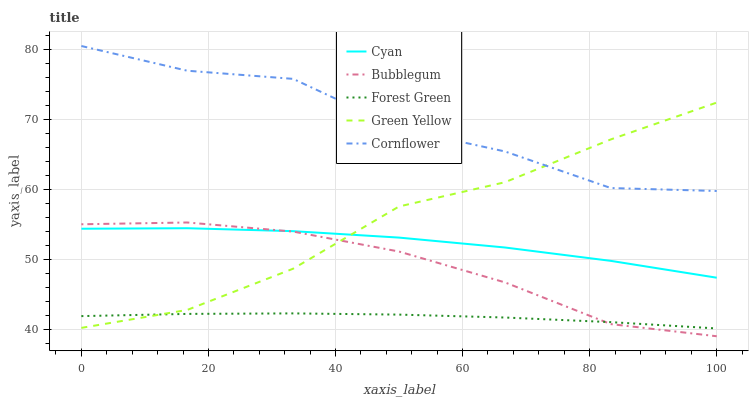
| xaxis_label | Cyan | Bubblegum | Forest Green | Green Yellow | Cornflower |
 | --- | --- | --- | --- | --- | --- |
 | 0 | 54.4 | 55 | 41.9 | 40.2 | 80.5 |
 | 16.7 | 54.4 | 55.2 | 42.2 | 42.8 | 76.9 |
 | 33.3 | 54 | 53.9 | 42.3 | 48.6 | 75.8 |
 | 50 | 53.1 | 51.1 | 42.1 | 57.5 | 68.7 |
 | 66.7 | 51.7 | 46.7 | 41.7 | 61 | 65.4 |
 | 83.3 | 49.8 | 40.7 | 41 | 67.1 | 60.2 |
 | 100 | 47.4 | 39 | 40.1 | 72.4 | 59.7 |